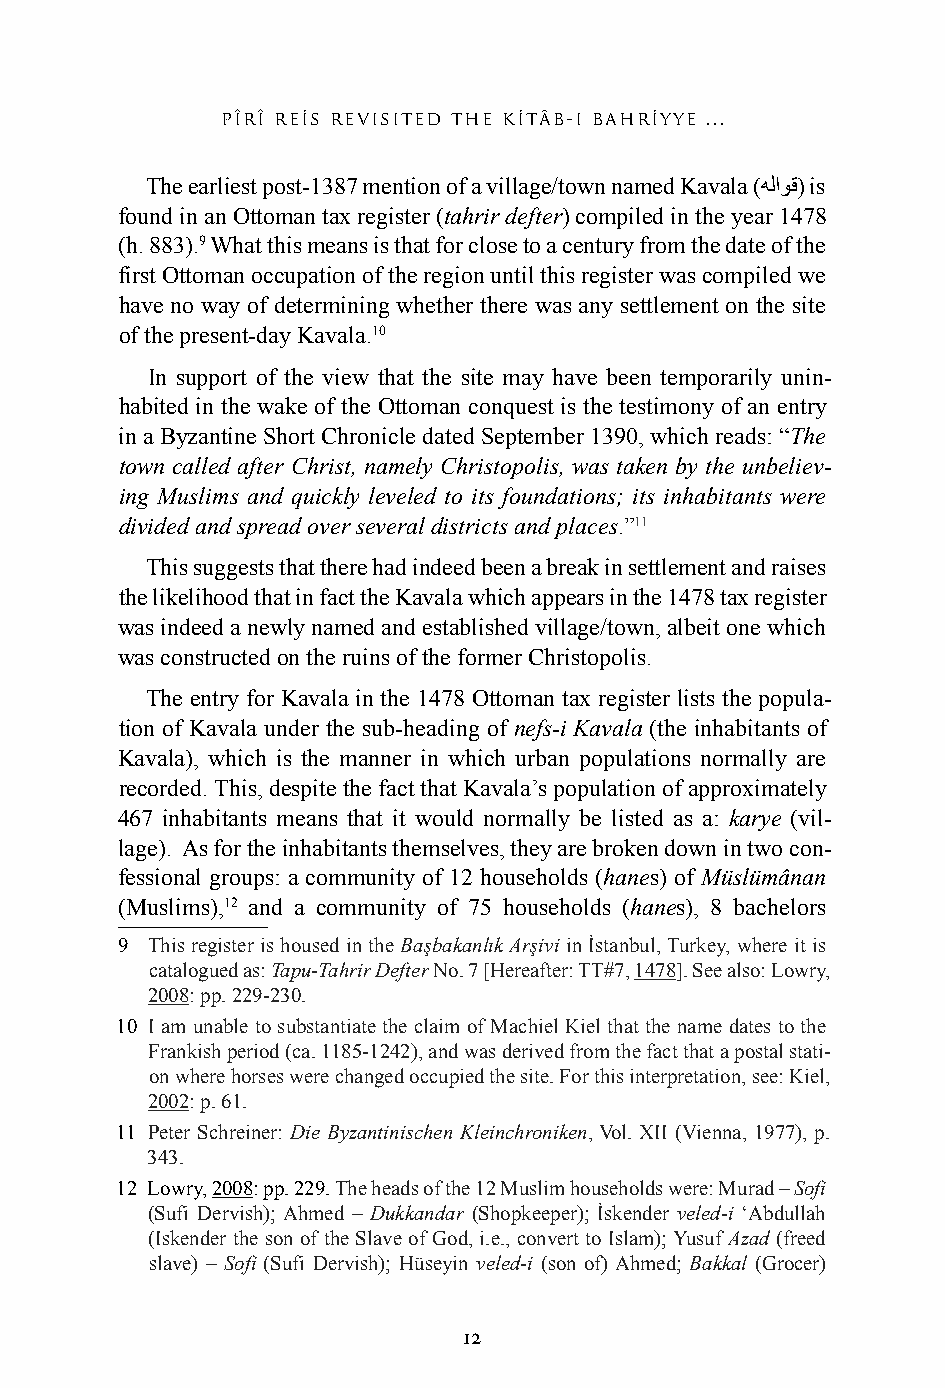
pîrî res revisited the ktâb-ı bahryye ...
 The earliest post-1387 mention of a village/town named Kavala (ﻪﻠﺍﻭﻗ) is
 found in an Ottoman tax register (tahrir defter) compiled in the year 1478
 (h. 883).9 What this means is that for close to a century from the date of the
 first Ottoman occupation of the region until this register was compiled we
 have no way of determining whether there was any settlement on the site
 of the present-day Kavala.10
 In support of the view that the site may have been temporarily unin-
 habited in the wake of the Ottoman conquest is the testimony of an entry
 in a Byzantine Short Chronicle dated September 1390, which reads: “The
 town called after Christ, namely Christopolis, was taken by the unbeliev-
 ing Muslims and quickly leveled to its foundations; its inhabitants were
 divided and spread over several districts and places.”11
 This suggests that there had indeed been a break in settlement and raises
 the likelihood that in fact the Kavala which appears in the 1478 tax register
 was indeed a newly named and established village/town, albeit one which
 was constructed on the ruins of the former Christopolis.
 The entry for Kavala in the 1478 Ottoman tax register lists the popula-
 tion of Kavala under the sub-heading of nefs-i Kavala (the inhabitants of
 Kavala), which is the manner in which urban populations normally are
 recorded. This, despite the fact that Kavala’s population of approximately
 467 inhabitants means that it would normally be listed as a: karye (vil-
 lage). As for the inhabitants themselves, they are broken down in two con-
 fessional groups: a community of 12 households (hanes) of Müslümânan
 (Muslims),12 and a community of 75 households (hanes), 8 bachelors
 9 This register is housed in the Başbakanlık Arşivi in İstanbul, Turkey, where it is
 catalogued as: Tapu-Tahrir Defter No. 7 [Hereafter: TT#7, 1478]. See also: Lowry,
 2008: pp. 229-230.
 10 I am unable to substantiate the claim of Machiel Kiel that the name dates to the
 Frankish period (ca. 1185-1242), and was derived from the fact that a postal stati-
 on where horses were changed occupied the site. For this interpretation, see: Kiel,
 2002: p. 61.
 11 Peter Schreiner: Die Byzantinischen Kleinchroniken, Vol. XII (Vienna, 1977), p.
 343.
 12 Lowry, 2008: pp. 229. The heads of the 12 Muslim households were: Murad – Sofi
 (Sufi Dervish); Ahmed – Dukkandar (Shopkeeper); İskender veled-i ‘Abdullah
 (Iskender the son of the Slave of God, i.e., convert to Islam); Yusuf Azad (freed
 slave) – Sofi (Sufi Dervish); Hüseyin veled-i (son of) Ahmed; Bakkal (Grocer)
 12